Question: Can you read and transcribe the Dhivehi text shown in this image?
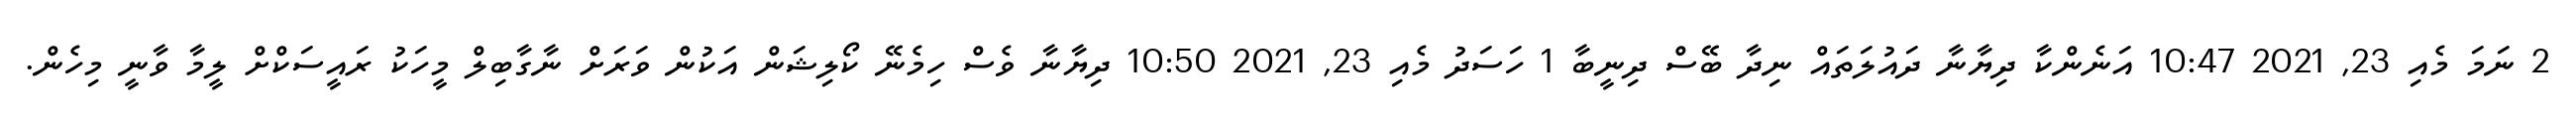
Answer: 2 ނަމަ މެއި 23, 2021 10:47 އަނެންކާ ދިޔާނާ ދައުލަތައް ނިދާ ބޭސް ދިނީބާ 1 ހަސަދު މެއި 23, 2021 10:50 ދިޔާނާ ވެސް ހިމެނޭ ކޯލިޝަން އަކުން ވަރަށް ނާގާބިލް މީހަކު ރައީސަކްށް ލީމާ ވާނީ މިހެން.